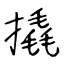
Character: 撬